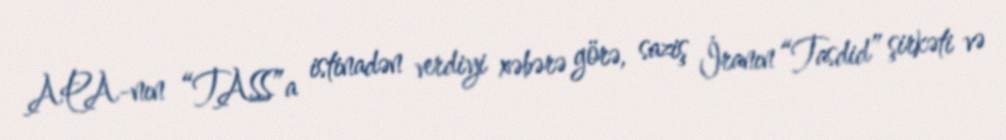
APA-nın “TASS”a istinadən verdiyi xəbərə görə, saziş İranın “Tasdid” şirkəti və